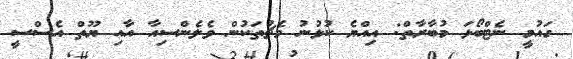
ގައުމީ ނެޓްބޯޅަ މުބާރާތް: އިއްޔެ ކުޅުނު މެޗުތަކުން ވެލެންސިއާ އާއި ޔޫތް އެސްސީ